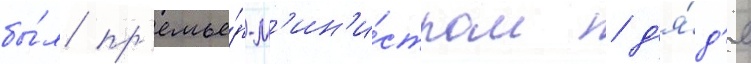
бы́л пр'емье́р-м'ин'и́стром / д'я́д'я